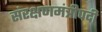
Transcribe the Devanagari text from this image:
संरक्षणमंत्रीपदी